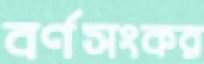
বর্ণসংকর